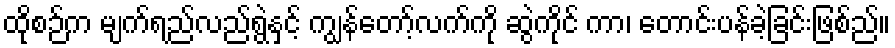
ထိုစဉ်က မျက်ရည်လည်ရွဲနှင့် ကျွန်တော့်လက်ကို ဆွဲကိုင် ကာ၊ တောင်းပန်ခဲ့ခြင်းဖြစ်ည်။